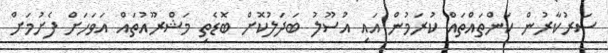
ސަރުކާރުން ކަންތައްތައް ކުރަމުން އައި އުސޫލު ބަދަލުކޮށް ބޮޑެތި މަޝްރޫއުތައް އަވަހަށް ފެށުމަށް